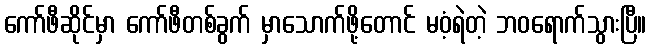
ကော်ဖီဆိုင်မှာ ကော်ဖီတစ်ခွက် မှာသောက်ဖို့တောင် မဝံ့ရဲတဲ့ ဘဝရောက်သွားပြီ။